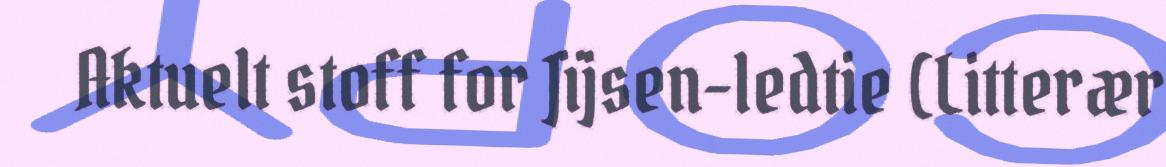
Aktuelt stoff for Jïjsen-ledtie (Litterær